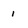
Character: 1